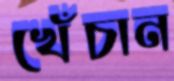
খেঁচান